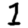
Digit: 1